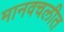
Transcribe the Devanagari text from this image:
मानवचलीत